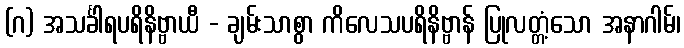
(ဂ) အသင်္ခါရပရိနိဗ္ဗာယီ - ချမ်းသာစွာ ကိလေသပရိနိဗ္ဗာန် ပြုလတ္တံ့သော အနာဂါမ်၊